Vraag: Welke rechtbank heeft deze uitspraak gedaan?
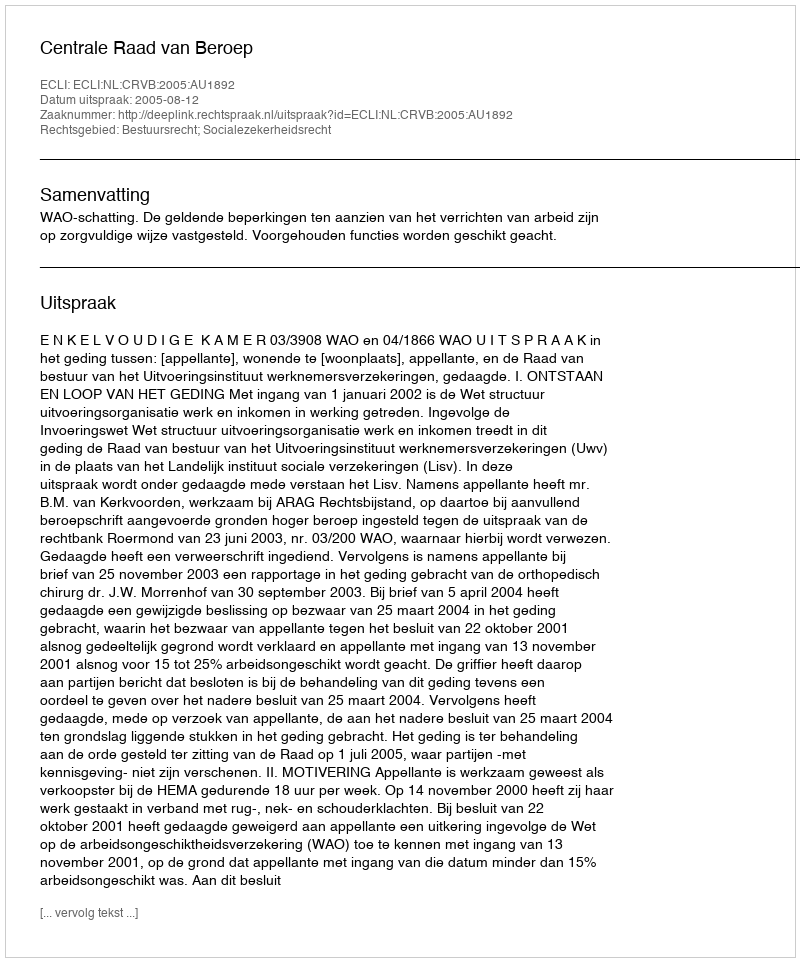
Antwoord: Centrale Raad van Beroep